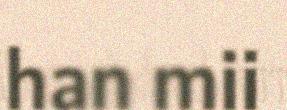
han mii